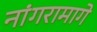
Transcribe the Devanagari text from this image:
नांगरामागे